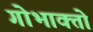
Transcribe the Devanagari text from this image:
गोभाक्तो